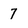
Character: 7